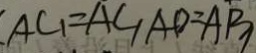
A C _ { 1 } = A C _ { 1 } A D = A B _ { 1 }